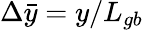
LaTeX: \Delta{\bar{y}}=y/L_{gb}